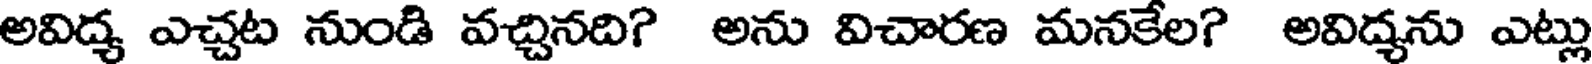
అవిద్య ఎచ్చట నుండి వచ్చినది? అను విచారణ మనకేల? అవిద్యను ఎట్లు